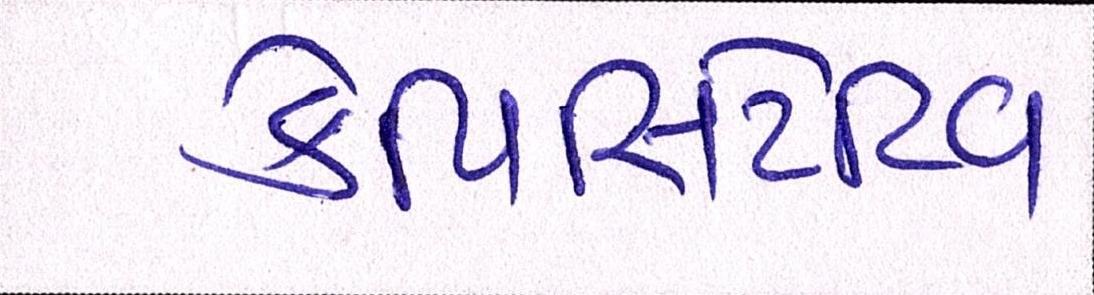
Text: કેપિસિટેટિવ